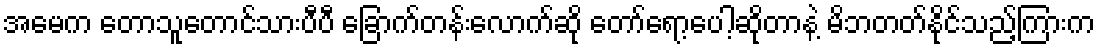
အမေက တောသူတောင်သားပီပီ ခြောက်တန်းလောက်ဆို တော်ရော့ပေါ့ဆိုတာနဲ့ မိဘတတ်နိုင်သည့်ကြားက